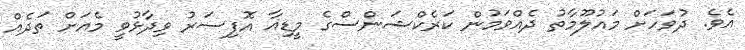
އެވެ. ދުވަހަށް މައުލޫމާތު ދެއްވަމުން ކަރެކްޝަންސްގެ މީޑިއާ އޮފިސަރު ވިދާޅުވީ މެއަށް ތަދެއް